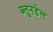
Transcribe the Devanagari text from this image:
ब्लूनडेल